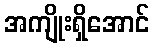
အကျိုးရှိအောင်